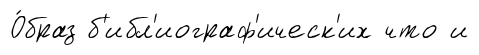
О́браз б'ибл'иограф'ическ'их что и